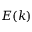
E ( k )